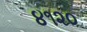
૪૧૨૦